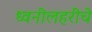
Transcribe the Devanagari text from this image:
ध्वनीलहरींचे